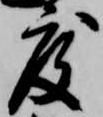
度